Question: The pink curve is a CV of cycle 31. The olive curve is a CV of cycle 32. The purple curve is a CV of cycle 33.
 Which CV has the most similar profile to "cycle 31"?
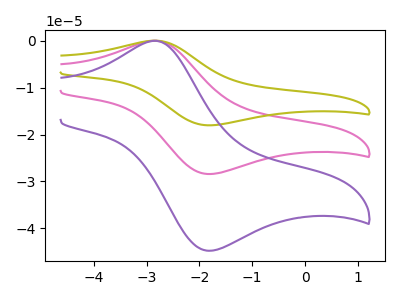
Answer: <think>The pink curve "cycle 31" has an anodic peak at (-2.85V, -0.05uA) and a cathodic peak at (-1.75V, -28.40uA). The olive curve "cycle 32" has an anodic peak at (-2.85V, -0.05uA) and a cathodic peak at (-1.75V, -56.80uA). The purple curve "cycle 33" has an anodic peak at (-2.85V, -0.05uA) and a cathodic peak at (-1.75V, -44.70uA).
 All the peaks in "cycle 31" have a peak in "cycle 32" at the same potential. All the peaks in "cycle 31" have a peak in "cycle 33" at the same potential. All the peaks in "cycle 32" have a peak in "cycle 33" at the same potential.</think>
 <answer>"cycle 31" and "cycle 32" have a similar shape to "cycle 33".</answer>
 <eval>"cycle 31" "cycle 32"</eval>